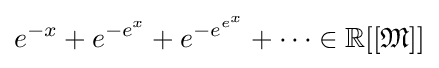
e^{-x}+e^{-e^{x}}+e^{-e^{e^{x}}}+\cdots \in \mathbb {R} [[{\mathfrak {M}}]]